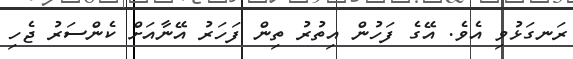
ރަނގަޅުވި އެވެ. އޭގެ ފަހުން އިތުރު ތިން ފަހަރު އޭނާއަށް ކެންސަރު ޖެހި